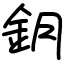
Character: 鈅